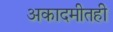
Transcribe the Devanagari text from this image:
अकादमीतही